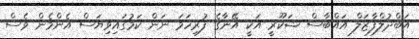
އަބްދުލްފާޒަލް އައްބާސް ޝަކޫރީ އަކީ އޭނާގެ ފުރިހަމަ ނަން ކަމުގައިވިޔަސް އެންމެން ވެސް